Lunatic asylums Bombay report 1891-1903 - 1891-1903
Year: 1891
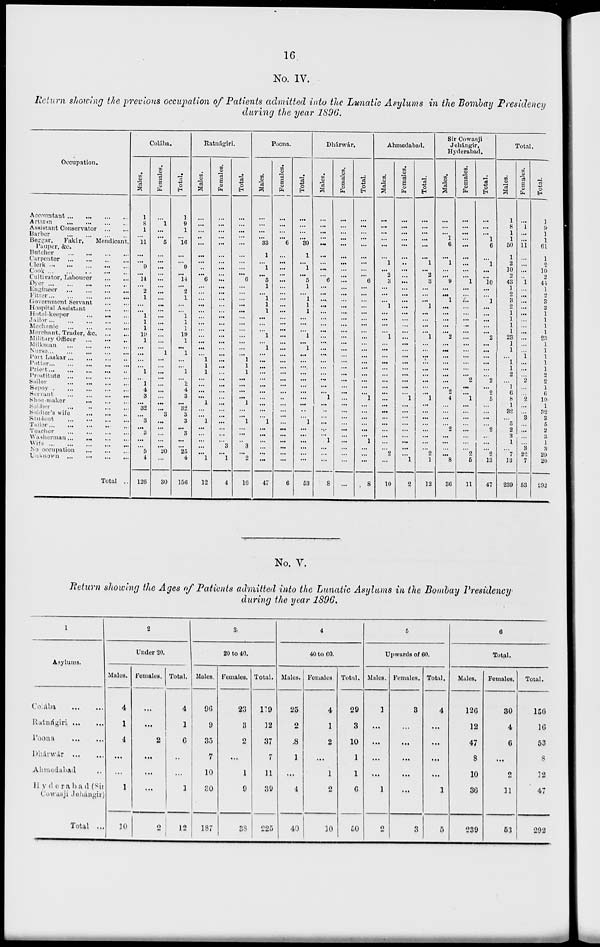
16
No. IV.
Return showing the previous occupation of Patients admitted into the Lunatic Asylums in the Bombay Presidency
during the year 1896.
Occupation.
Accountant ... ... ... ...
Artizan
...
...
...
...
Assistant Conservator
...
...
Barber
...
...
...
...
Beggar,
Fakir,
Mendicant.
Pauper, &c.
Butcher
...
...
...
...
Carpenter ... ... ... ...
Clerk
...
...
...
...
...
Cook
...
...
...
...
...
Cultivator, Labourer
...
...
Dyer
...
...
...
...
...
Engineer
...
...
...
...
Fitter ... ... ... ... ...
Government Servant
...
...
Hospital Assistant
...
...
Hotel-keeper ... ... ...
Jailor
...
...
...
...
...
Mechanic
...
...
...
...
Merchant, Trader,
&c. ... ...
Military Officer ... ... ...
Milkman
...
...
...
...
Nurse
...
...
...
...
...
Port Laskar
...
...
...
...
Potter
...
...
...
...
...
Priest
...
...
...
...
...
Prostitute
...
...
...
...
Sailor
...
...
...
...
Sepoy
...
...
...
...
...
Servant ... ... ... ...
Shoe-maker
...
...
...
Soldier
...
...
...
...
Soldier's wife
...
...
...
Student ... ... ... ...
Tailor ... ... ... ... ...
Teacher
...
...
...
...
Washerman ... ... ... ...
Wife
...
...
...
...
...
No occupation
...
...
...
Unknown
...
...
...
...
Total ...
Colába.
Males.
1
8
1
...
11
...
...
9
...
14
...
2
1
...
...
1
1
1
19
1
...
...
...
...
1
...
1
4
3
...
32
...
3
...
3
...
...
5
4
126
Females.
...
1
...
...
5
...
...
...
...
...
...
...
...
...
...
...
...
...
...
...
...
1
...
...
...
...
...
...
...
...
...
3
...
...
...
...
...
20
...
30
Total.
1
9
1
...
16
...
...
9
...
14
...
2
1
...
...
1
1
1
19
1
...
1
...
...
1
...
1
4
3
...
32
3
3
...
3
...
...
25
4
156
Ratnágiri
Males.
...
...
...
...
...
...
...
...
...
6
...
...
...
...
...
...
...
...
...
...
...
...
1
1
1
...
...
...
...
1
...
...
1
...
...
...
...
...
1
12
Females.
...
...
...
...
...
...
...
...
...
...
...
...
...
...
...
...
...
...
...
...
...
...
...
...
...
...
...
...
...
...
...
...
...
...
...
...
3
...
1
4
Total.
...
...
...
...
...
...
...
...
6
...
...
...
...
...
...
...
...
...
...
...
...
1
1
1
...
...
...
... 1
...
...
1
...
...
...
3
...
2
16
Poona.
Males.
...
...
...
...
33
1
...
1
...
5
1
...
1
1
1
...
...
...
1
...
1
...
...
...
...
...
...
...
...
...
...
...
1
...
...
...
...
...
...
47
Females.
...
...
...
...
6
...
...
...
...
...
...
...
...
...
...
...
...
...
...
...
...
...
...
...
...
...
...
...
...
...
...
...
...
...
...
...
...
...
...
6
Total.
...
...
...
...
39
1
...
1
...
5
1
...
1
1
1
...
...
...
1
...
1
...
...
...
...
...
...
...
...
...
...
...
1
...
...
...
...
...
...
53
Dhárwár.
Males.
...
...
...
...
...
...
...
...
...
6
...
...
...
...
...
...
...
...
...
...
...
...
...
...
...
...
...
...
1
...
...
...
...
...
...
1
...
...
...
8
Females.
...
...
...
...
...
...
...
...
...
...
...
...
...
...
...
...
...
...
...
...
...
...
...
...
...
...
...
...
...
...
...
...
...
...
...
...
...
...
...
...
Total.
...
...
...
...
...
...
...
...
...
6
...
...
...
...
...
...
...
...
...
...
...
...
...
...
...
...
...
...
1
...
...
...
...
...
...
1
...
...
...
8
Ahmedabad.
Males.
...
...
...
...
...
...
1
...
2
3
...
...
...
1
...
...
...
...
1
...
...
...
...
...
...
...
...
...
...
...
...
...
...
...
...
...
...
2
...
10
Females.
...
...
...
...
...
...
...
...
...
...
...
...
...
...
...
...
...
...
...
...
...
...
...
...
...
...
...
...
1
...
...
...
...
...
...
...
...
...
1
2
Total.
...
...
...
...
...
... 1
...
2
3
...
...
...
1
...
...
...
...
1
...
...
...
...
...
...
...
...
...
1
...
...
...
... ...
...
... ...
2
1
12
Sir Cowasji
Jehángir,
Hyderabad.
Males.
...
...
...
1
6
... 1
...
...
9
...
...
1
...
...
...
...
...
2
...
...
...
...
...
...
...
...
2
4
...
...
...
2
...
...
...
...
8
36
Females.
...
...
...
...
...
...
...
...
...
1
...
...
...
...
...
...
...
...
...
...
...
...
...
...
...
2
...
...
1
...
...
...
...
...
...
...
...
2
5
11
Total.
...
...
...
1
6
...
1
...
...
10
...
...
1
...
...
...
...
...
2
...
...
...
...
...
...
2
...
2
5
...
...
...
...
2
...
...
...
2
13
47
Total.
Males.
1
8
1
1
50
1
2
10
2
43
1
2
3
2
1
1
1
1
23
1
1
...
1
1
2
...
1
6
8
1
32
...
5
2
3
1
...
7
13
239
Females.
...
1
...
...
11
...
...
...
...
1
...
...
...
...
...
...
...
...
...
...
...
1
...
...
...
2
...
...
2
...
...
3
...
...
...
...
3
22
7
53
Total.
1
9
1
1
61
1
2
10
2
44
1
2
3
2
1
1
1
1
23
1
1
1
1
1
2
2
1
6
10
1
32
3
5
2
3
1
3
29
20
292
No. V.
Return showing the Ages of Patients admitted into the Lunatic Asylums in the Bombay Presidency
during the year 1896.
1
Asylums.
Colába
...
...
Ratnágiri
...
...
Poona ... ...
Dhárwár ... ...
Ahmedabad ... ...
Hyderabad
(Sir
Cowasji Jehángir)
Total ...
2
Under 20.
Males.
4
1
4
...
...
1
10
Females.
...
...
2
...
...
...
2
Total.
4
1
6
...
...
1
12
3
20 to 40.
Males.
96
9
35
7
10
30
187
Females.
23
3
2
...
1
9
38
Total.
119
12
37
7
11
39
225
4
40 to 60.
Males.
25
2
8
1
...
4
40
Females.
4
1
2
...
1
2
10
Total.
29
3
10
1
1
6
50
5
Upwards of 60.
Males.
1
...
...
...
...
1
2
Females.
3
...
...
...
...
...
3
Total.
4
...
...
...
...
1
5
6
Total.
Males.
126
12
47
8
10
36
239
Females.
30
4
6
...
2
11
53
Total.
156
16
53
8
12
47
292